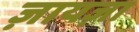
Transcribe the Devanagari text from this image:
ज़ायज़ा